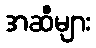
အဆီများ